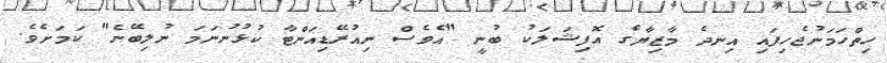
ހިތްހަމަނުޖެހިފައި އިނދެ މާޒިޔާގެ އޮފިޝަލަކު ބުނީ "އެވެސް ނިއުރޭޑިއަންޓާ ކުޅުނުނަމަ ނުލިބޭނެ" ކަމަށެވެ.